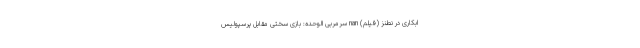
ابکاری در نطنز (فیلم) nan سرمربی الوحده: بازی سختی مقابل پرسپولیس